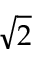
\sqrt { 2 }